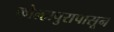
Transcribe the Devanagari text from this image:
कोल्हापुरापासून